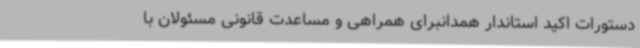
دستورات اکید استاندار همدانبرای همراهی و مساعدت قانونی مسئولان با